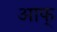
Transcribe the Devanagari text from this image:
आफ्‌